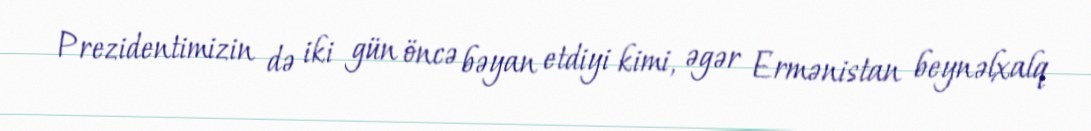
Prezidentimizin də iki gün öncə bəyan etdiyi kimi, əgər Ermənistan beynəlxalq